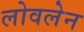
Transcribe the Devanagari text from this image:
लोवलेन